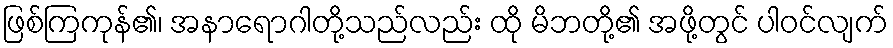
ဖြစ်ကြကုန်၏၊ အနာရောဂါတို့သည်လည်း ထို မိဘတို့၏ အဖို့တွင် ပါဝင်လျက်